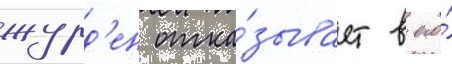
журд'ен отка́зывает в его́